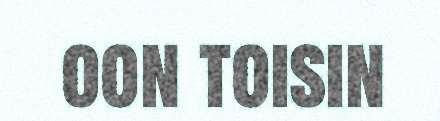
oon toisin